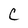
Character: C